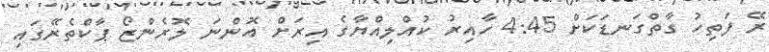
ރޭ ފަތިހު ގާތްގަނޑަކަށް 4:45 ހާއިރު ކުއްލިއްޔާގެ އިރަށް އޮންނަ ލޮރެންޒޯ ޕާކްތެރޭގައި